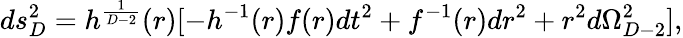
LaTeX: ds_{D}^{2}=h^{\frac{1}{D-2}}(r)[-h^{-1}(r)f(r)dt^{2}+f^{-1}(r)dr^{2}+r^{2}d\Omega_{D-2}^{2}],